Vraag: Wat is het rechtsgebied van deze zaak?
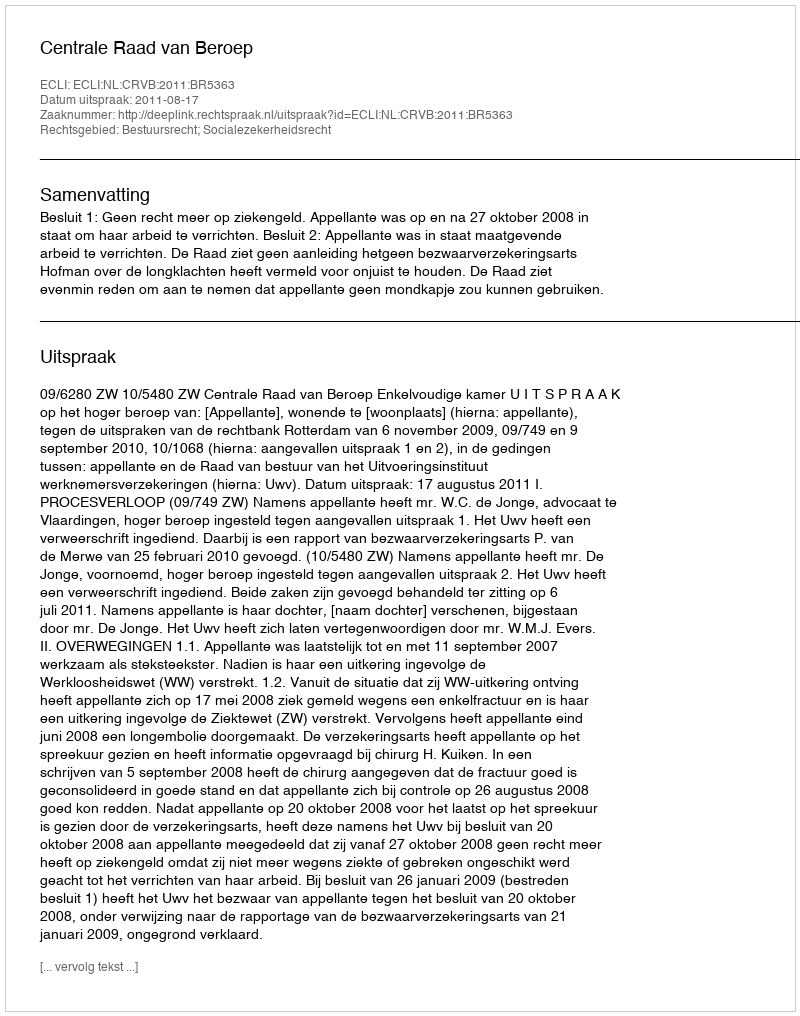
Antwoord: Bestuursrecht; Socialezekerheidsrecht